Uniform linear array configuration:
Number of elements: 48
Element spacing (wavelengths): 1
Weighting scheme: hann
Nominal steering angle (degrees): -45
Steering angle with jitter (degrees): -44.751
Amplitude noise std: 0.05
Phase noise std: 0.05

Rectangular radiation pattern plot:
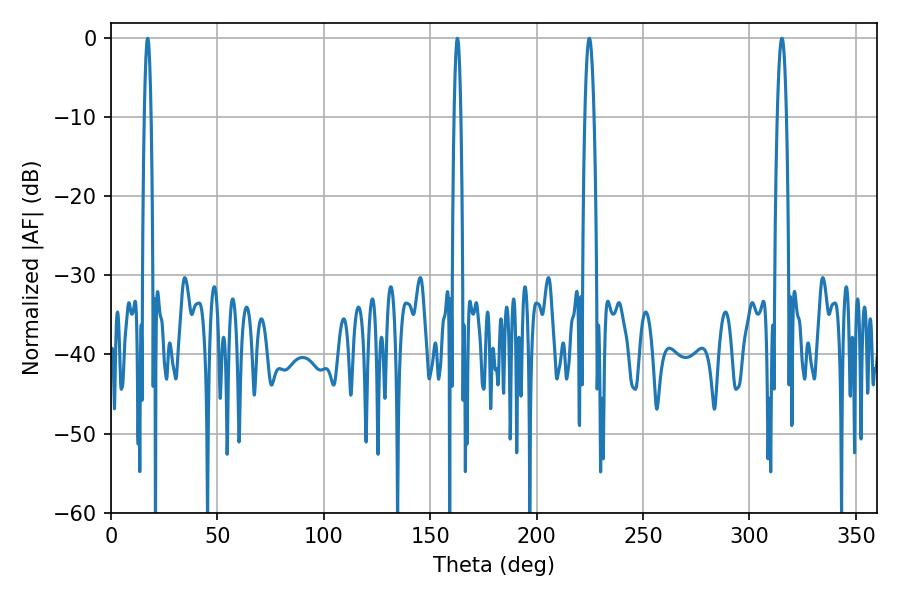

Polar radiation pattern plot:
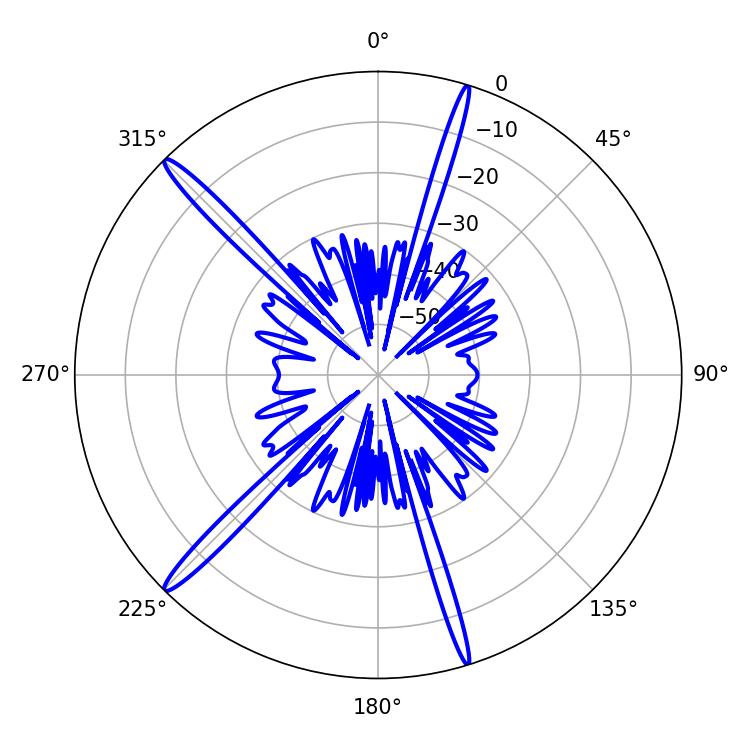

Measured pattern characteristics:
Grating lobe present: TRUE
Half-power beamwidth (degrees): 2.34
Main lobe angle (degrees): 315.18